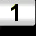
Digit: 1